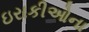
ઇરાકીઓના